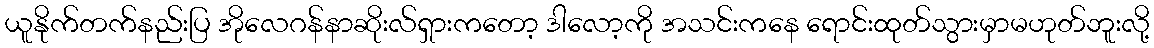
ယူနိုက်တက်နည်းပြ အိုလေဂန်နာဆိုးလ်ရှားကတော့ ဒါလော့ကို အသင်းကနေ ရောင်းထုတ်သွားမှာမဟုတ်ဘူးလို့